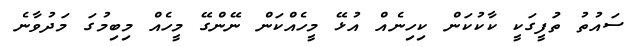
ސައުތު ތަުފީގަކީ ކާކުކަން ކިހިނެއް އުޅޭ މީހެއްކަން ނޭންގޭ މީހެއް މިބިމުގަ މަދުވާނެ